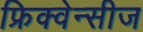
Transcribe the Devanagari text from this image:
फ्रिक्वेन्सीज